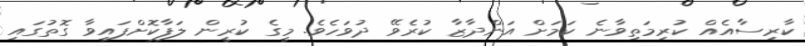
ކާރިސާއެއް ކުރިމަތިވާނެ ކަމަށް އަންދާޒާ ކުރެވޭ ދުވަހެވެ. މީގެ ކުރީން ލަފާކޮށްފައިވާ ގޮތުގައި